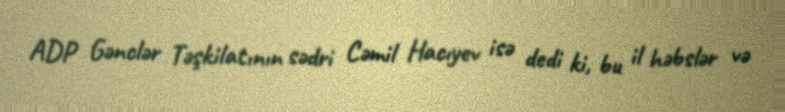
ADP Gənclər Təşkilatının sədri Cəmil Hacıyev isə dedi ki, bu il həbslər və